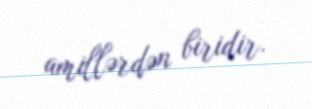
amillərdən biridir.